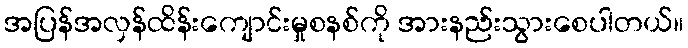
အပြန်အလှန်ထိန်းကျောင်းမှုစနစ်ကို အားနည်းသွားစေပါတယ်။